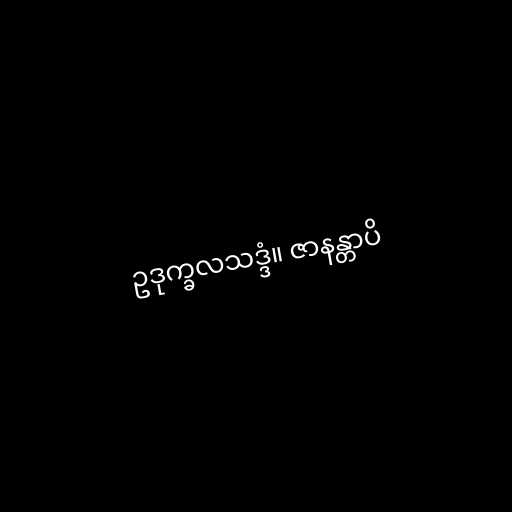
ဥဒုက္ခလသဒ္ဒံ။ ဇာနန္တာပိ